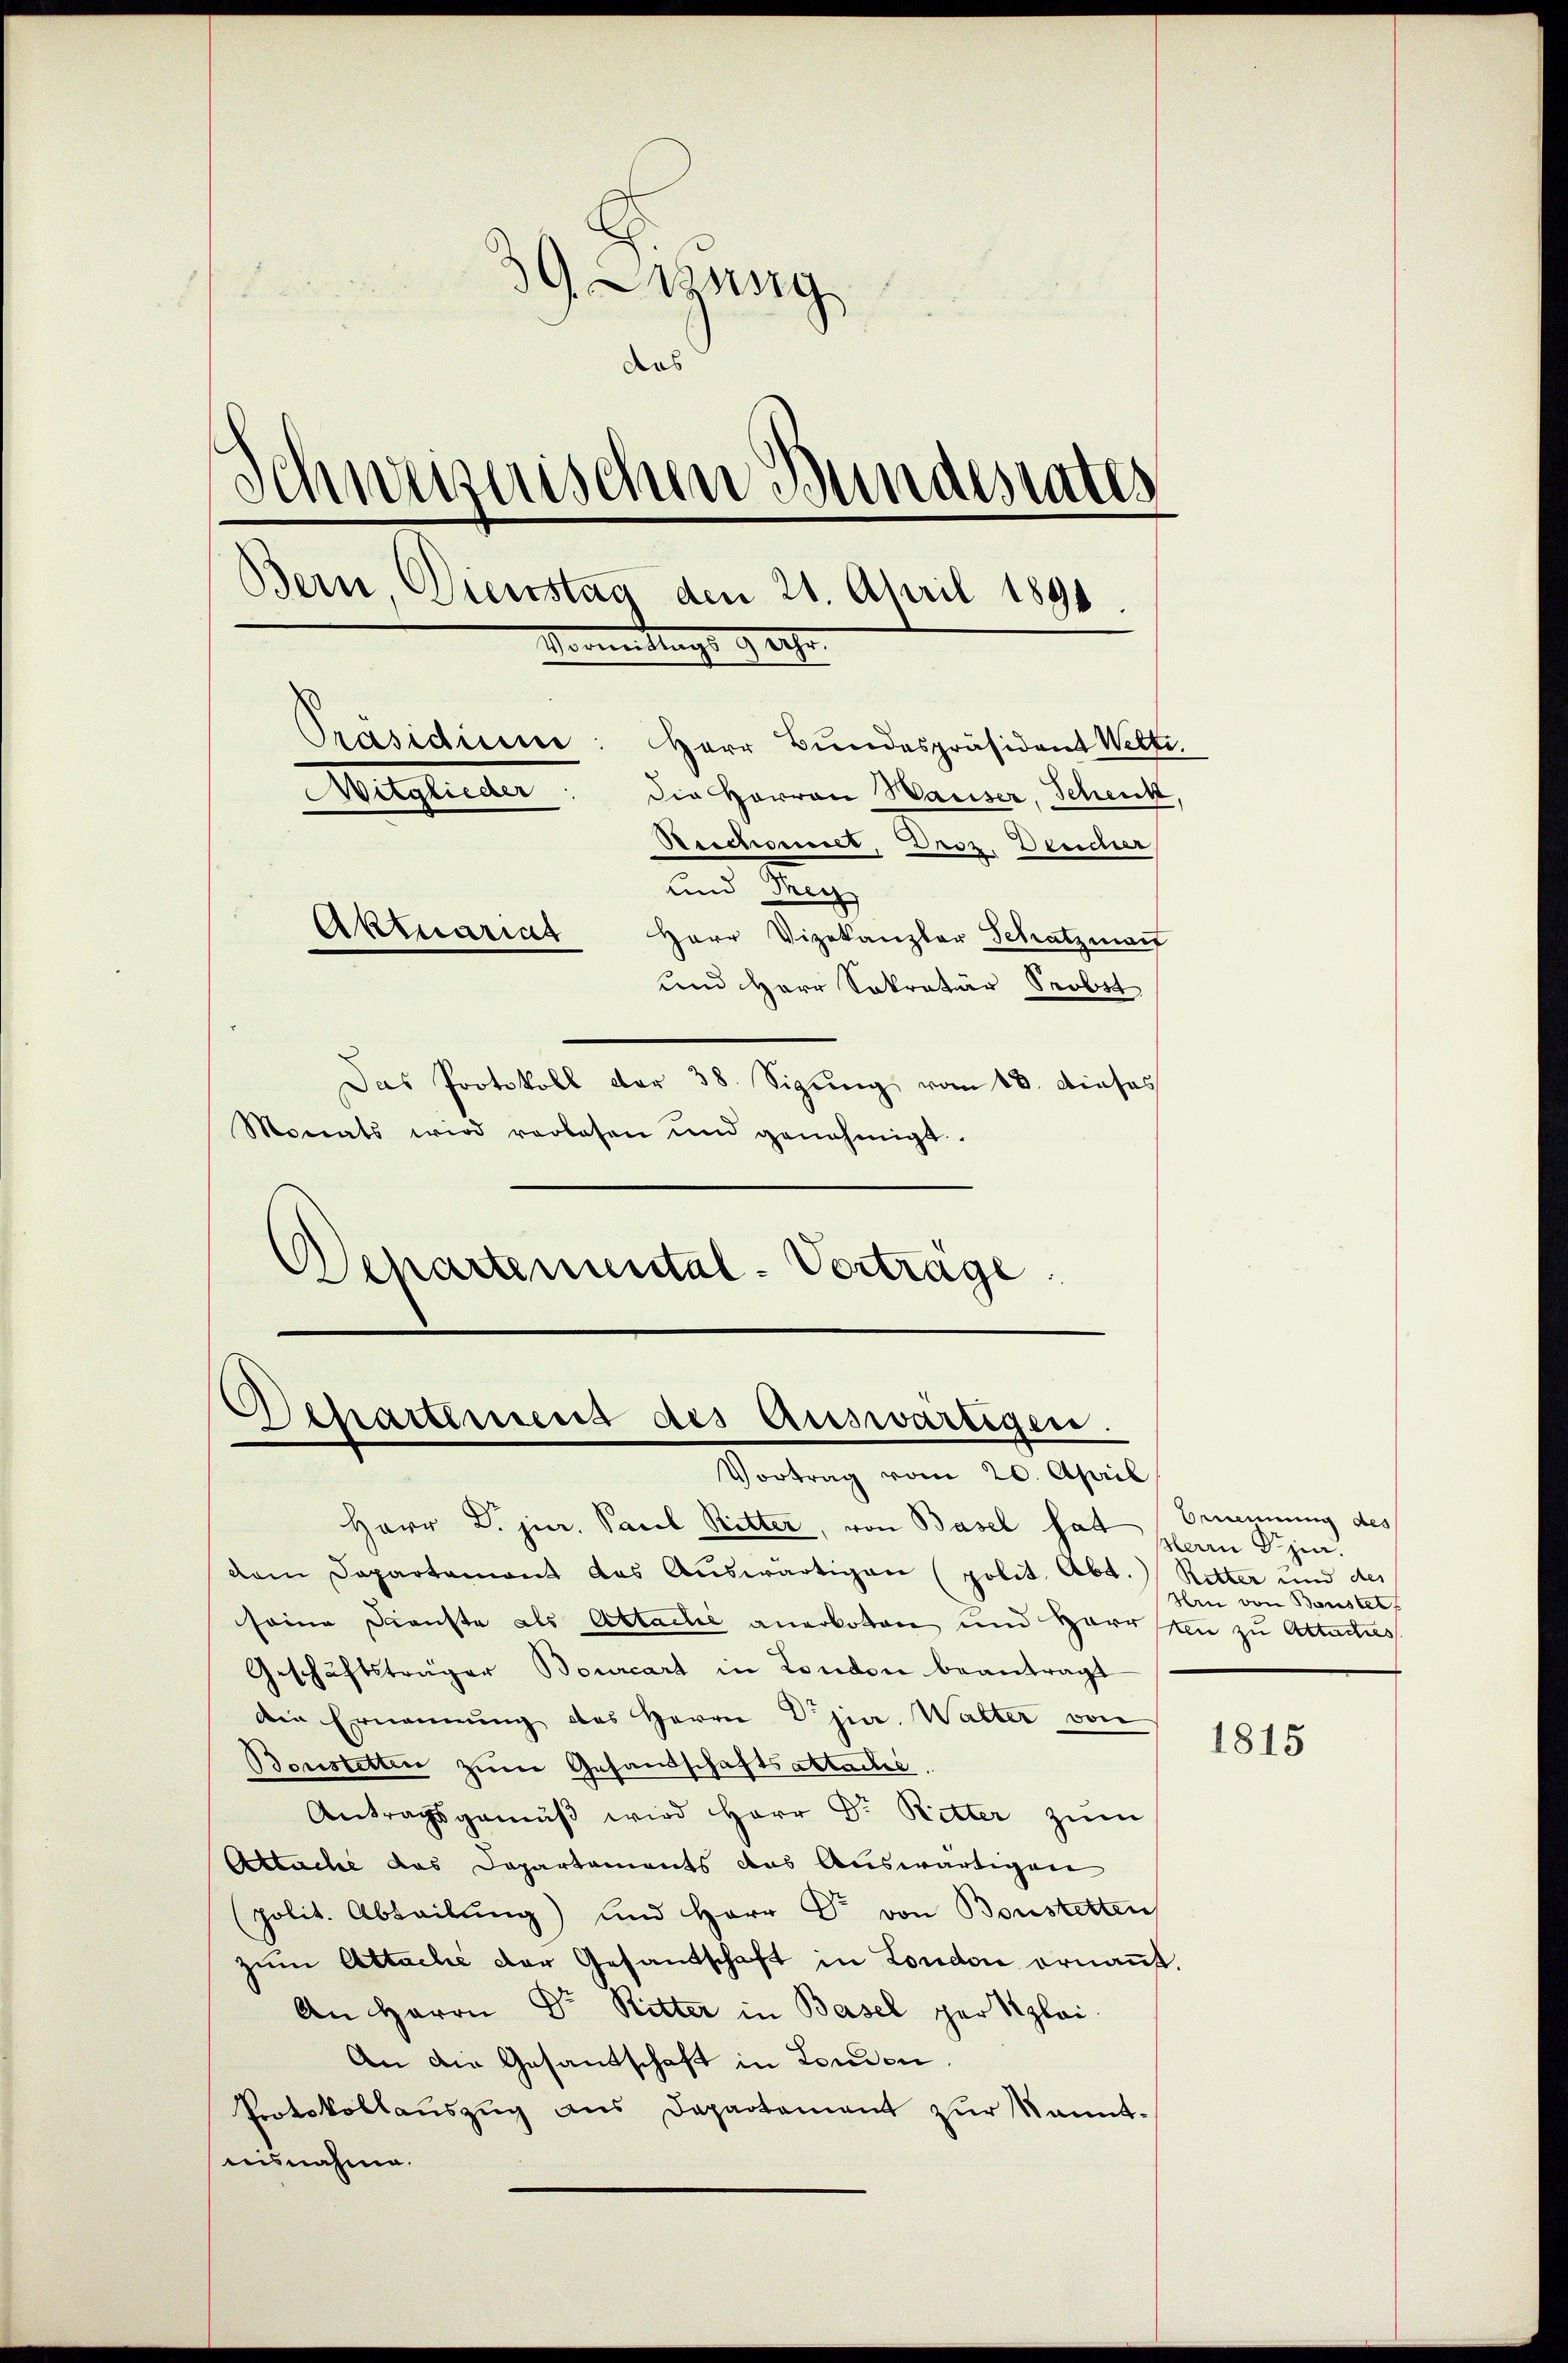
G. Weg
das
d
minischen Bundesrates
Bern Dienstag den 21. April 1890
Vermeidungs getr
Präsidium: Herr Bundespräsident Welti.
Mitgliede
Die Herren Waiser, Schenk,
Aeschonnet, Droz. Deucher
und Mey
Aktuariat Herr Vizekanzler Schatzmann
und Herr Sokratis Probst
Das Protokoll der 38. Sizung vom 18. dieses

Monats wird verlesen und genehmigt.
Separtemental-Vertrage

Departement des Auswärtigen.
Vortrag vom 20. April

Herr D. jur. Paul Ritter, von Basel hat Bernennung des
vem Departamont das Aŭswärtigen (polit. Abt.
seine Dienste als Abtacle anerboten und Harrten zu Altactus
Geschäftsträger Bourcart in London beantragt
Die Ernennung des Herrn Djia. Walter von
Bonstetten zum Gesandschaftsabtache.
Antragsgemäβ wird Herr Dr. Ritter zum
Attache das Departements das Auswärtigen
(polit. Abteilung) und Herr Dr. von Bonstetten
zum Attache der Gesandschaft in London ernannt.
An Herrn Dr Ritter in Basel per plai
An die Gesandschaft in Londen
Protokollauszug aus Departement zur kannt-
nisnahme.

Herrn zu.
Retter und des
Hrn von Bonstet

1815